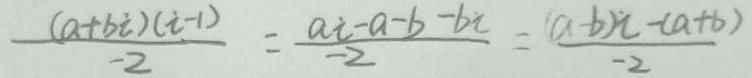
\frac { ( a + b i ) ( i - 1 ) } { - 2 } = \frac { a i - a - b - b i } { - 2 } = \frac { ( a - b ) i - ( a + b ) } { - 2 }